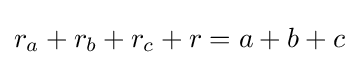
r_{a}+r_{b}+r_{c}+r=a+b+c